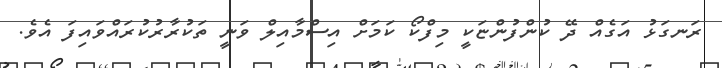
ރަނގަޅު އަގެއް ދޭ ކުންފުންޏަކީ މިފްކޯ ކަމަށް އިސްމާއިލް ވަނީ ތަކުރާރުކުރައްވައިފަ އެވެ.